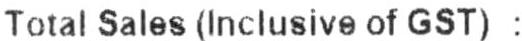
TOTAL SALES (INCLUSIVE OF GST) :